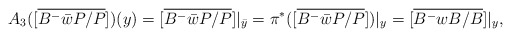
\begin{align*}A_3([\overline{B^-\bar{w}P/P}])(y)=[\overline{B^-\bar{w}P/P}]|_{\bar{y}}=\pi^*([\overline{B^-\bar{w}P/P}])|_y=[\overline{B^-wB/B}]|_y,\end{align*}